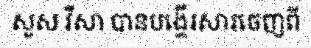
សួស វីសា បានបង្ហើរសារចេញពី